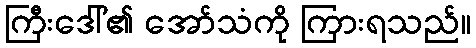
ကြီးဒေါ်၏ အော်သံကို ကြားရသည်။